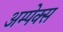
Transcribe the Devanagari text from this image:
अम्पेक्स